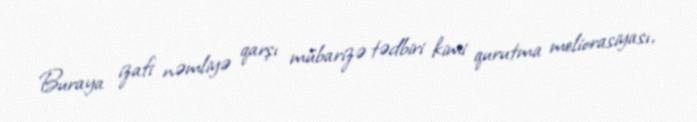
Buraya izafi nəmliyə qarşı mübarizə tədbiri kimi qurutma meliorasiyası,